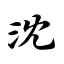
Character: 沈